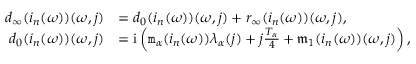
\begin{array} { r l } { d _ { \infty } ( i _ { n } ( \omega ) ) ( \omega , j ) } & { = d _ { 0 } ( i _ { n } ( \omega ) ) ( \omega , j ) + r _ { \infty } ( i _ { n } ( \omega ) ) ( \omega , j ) , } \\ { d _ { 0 } ( i _ { n } ( \omega ) ) ( \omega , j ) } & { = \mathrm { i } \left( \mathtt { m } _ { \alpha } ( i _ { n } ( \omega ) ) \lambda _ { \alpha } ( j ) + j \frac { T _ { \alpha } } 4 + \mathfrak { m } _ { 1 } ( i _ { n } ( \omega ) ) ( \omega , j ) \right) , } \end{array}